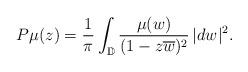
LaTeX: \begin{align*} P\mu(z)=\frac{1}{\pi} \int_{\mathbb{D}}\frac{\mu(w)}{(1-z\overline{w})^2} \, |dw|^2.\end{align*}